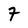
Character: 8